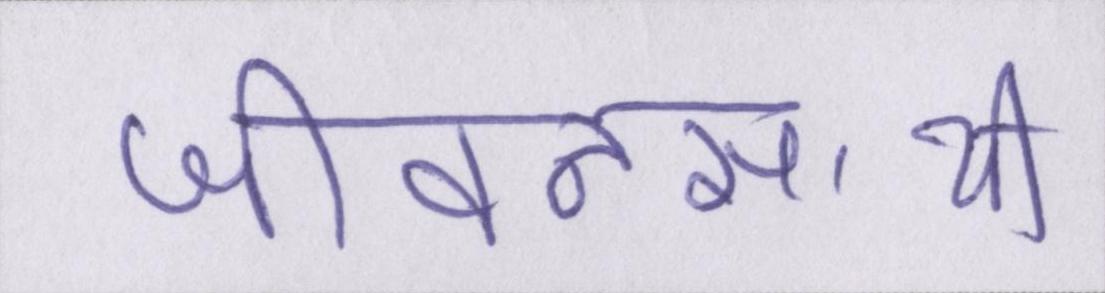
जीवनसाथी